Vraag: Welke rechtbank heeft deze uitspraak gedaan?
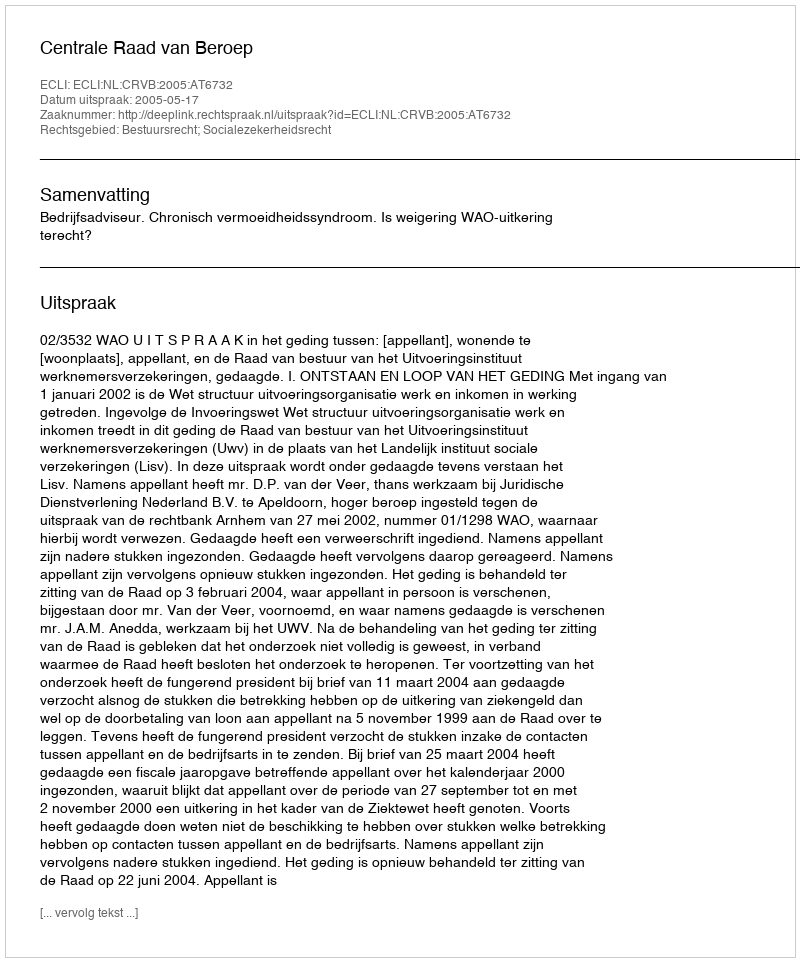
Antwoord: Centrale Raad van Beroep